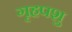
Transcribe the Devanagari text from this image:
गृहपशु